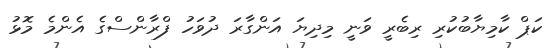
ކަޕް ކާމިޔާބުކުރި ރިބެރީ ވަނީ މިދިޔަ އަންގާރަ ދުވަހު ފްރާންސްގެ އެންމެ މޮޅު